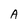
Character: A